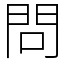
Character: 問